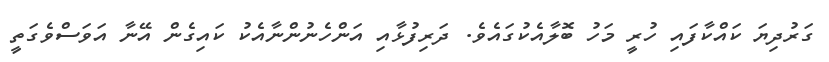
ގަރުދިޔަ ކައްކާފައި ހުރީ މަހު ބޮލާއެކުގައެވެ. ދަރިފުޅާއި އަންހެނުންނާއެކު ކައިގެން އޭނާ އަވަސްވެގަތީ